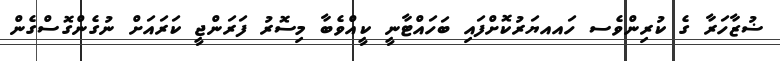
ޟުޒާހަރާ ގެ ކުރިންވެސ ހައއޔަރުކޮށްފައި ބަހައްޓާނީ ކީއްވެބާ މިސޮރު ފަރަންޖީ ކަރައަށް ނުގެންގޮސްގެން